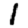
Digit: 1